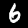
Digit: 6